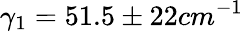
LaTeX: \gamma_{1}=51.5\pm 22cm^{-1}